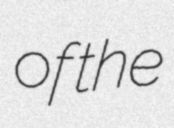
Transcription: of the